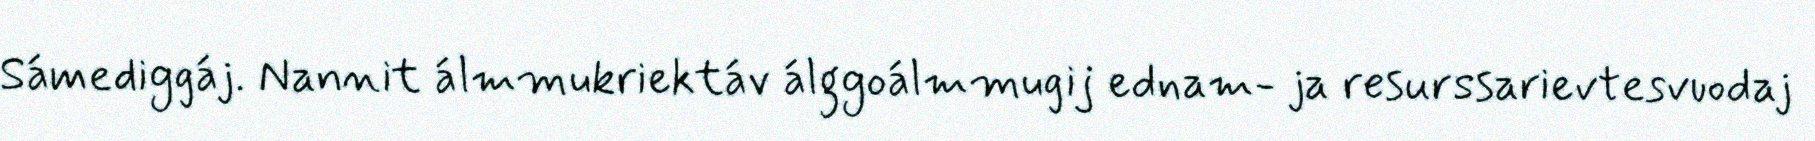
Sámediggáj. Nannit álmmukriektáv álggoálmmugij ednam- ja resurssarievtesvuodaj